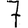
Digit: 7